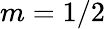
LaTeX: m=1/2